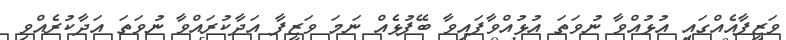
ވަޒީފާއެއްގައި އުޅުއްވާ ނުވަތަ އުޅުއްވާފައިވާ ބޭފުޅެއް ނަމަ ވަޒީފާ އަދާކުރައްވާ ނުވަތަ އަދާކުރެއްވި